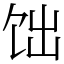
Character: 饳